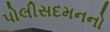
પોલીસદમનનો